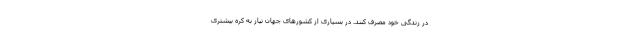
در زندگی خود مصرف کنند. در بسیاری از کشورهای جهان نیاز به کره بیشتری